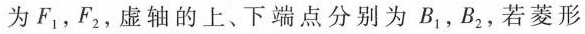
为F_{1}、F_{2}，虚轴的上、下端点分别为B_{1}，B_{2}，若菱形